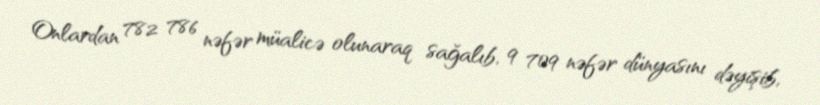
Onlardan 782 786 nəfər müalicə olunaraq sağalıb, 9 709 nəfər dünyasını dəyişib,